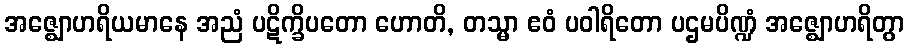
အဇ္ဈောဟရိယမာနေ အညံ ပဋိက္ခိပတော ဟောတိ, တသ္မာ ဧဝံ ပဝါရိတော ပဌမပိဏ္ဍံ အဇ္ဈောဟရိတွာ